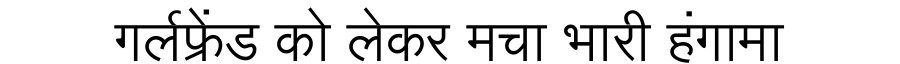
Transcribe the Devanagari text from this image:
गर्लफ्रेंड को लेकर मचा भारी हंगामा